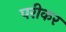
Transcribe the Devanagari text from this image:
परीकर